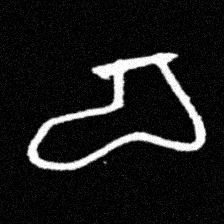
Pyu character \u2014 Myanmar letter: စ (romanized: ca)